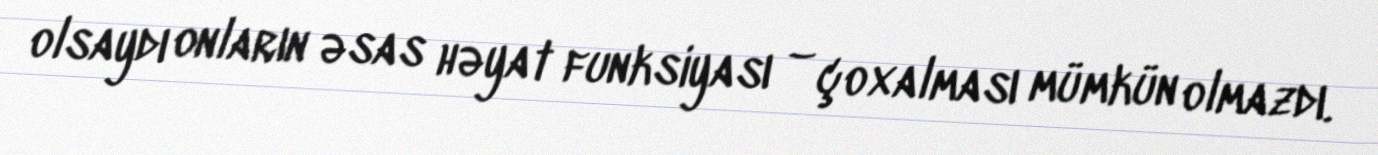
olsaydı onların əsas həyat funksiyası – çoxalması mümkün olmazdı.